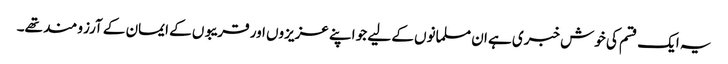
یہ ایک قسم کی خوش خبری ہے ان مسلمانوں کے لیے جو اپنے عزیزوں اور قریبوں کے ایمان کے آرزو مند تھے۔